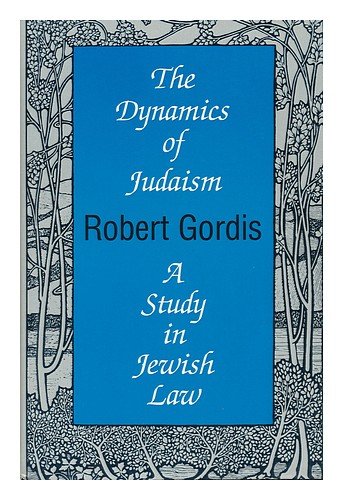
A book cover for The Dynamics of Judaism: A Study in Jewish Law; Robert Gordis; Religion & Spirituality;